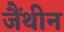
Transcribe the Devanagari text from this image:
जैंथीन